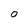
Character: O